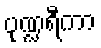
ပုဏ္ဍရီကာ